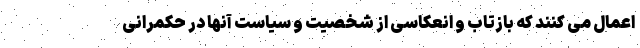
اعمال می کنند که بازتاب و انعکاسی از شخصیت و سیاست آنها در حکمرانی